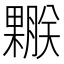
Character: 𣞅